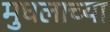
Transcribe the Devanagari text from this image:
मुघलाच्या